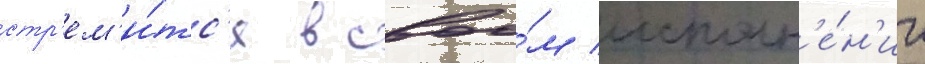
стр'ем'и́тс'я в своо́м исполн'е́н'ии